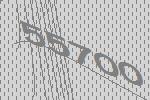
55700